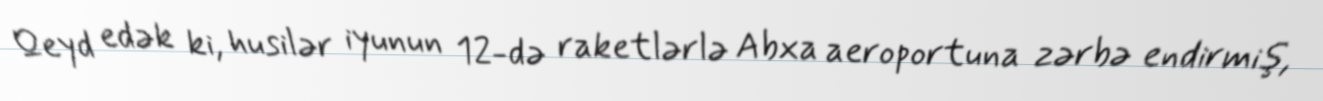
Qeyd edək ki, husilər iyunun 12-də raketlərlə Abxa aeroportuna zərbə endirmiş,